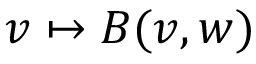
v \mapsto B ( v , w )